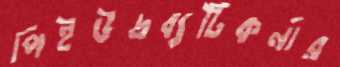
পিইউদ্রব্যটিকর্নার